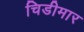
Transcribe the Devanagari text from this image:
चिडीमार